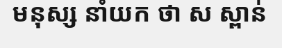
មនុស្ស នាំយក ថា ស ស្ពាន់